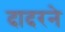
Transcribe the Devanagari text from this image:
दादरने